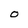
Character: O